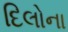
દિલોના